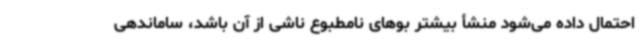
احتمال داده می‌شود منشأ بیشتر بوهای نامطبوع ناشی از آن باشد، ساماندهی